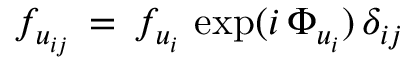
f _ { u _ { i j } } \, = \, f _ { u _ { i } } \, \exp ( i \, \Phi _ { u _ { i } } ) \, \delta _ { i j }